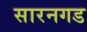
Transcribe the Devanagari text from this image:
सारनगड